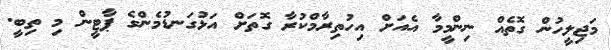
މަޖިލީހުން ގޮތެއް ނިންމީމާ އެއަށް އިހުތިރާމްކުރާ ގޮތަށް އަޅުގަނޑުމެންގެ ޕާޓީން މި ތިބީ.